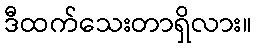
ဒီထက်သေးတာရှိလား။